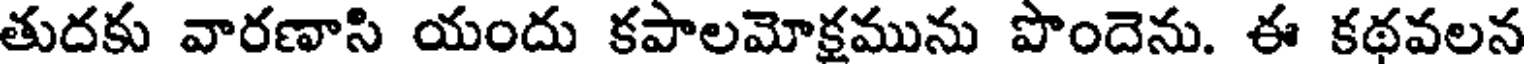
తుదకు వారణాసి యందు కపాలమోక్షమును పొందెను. ఈ కథవలన